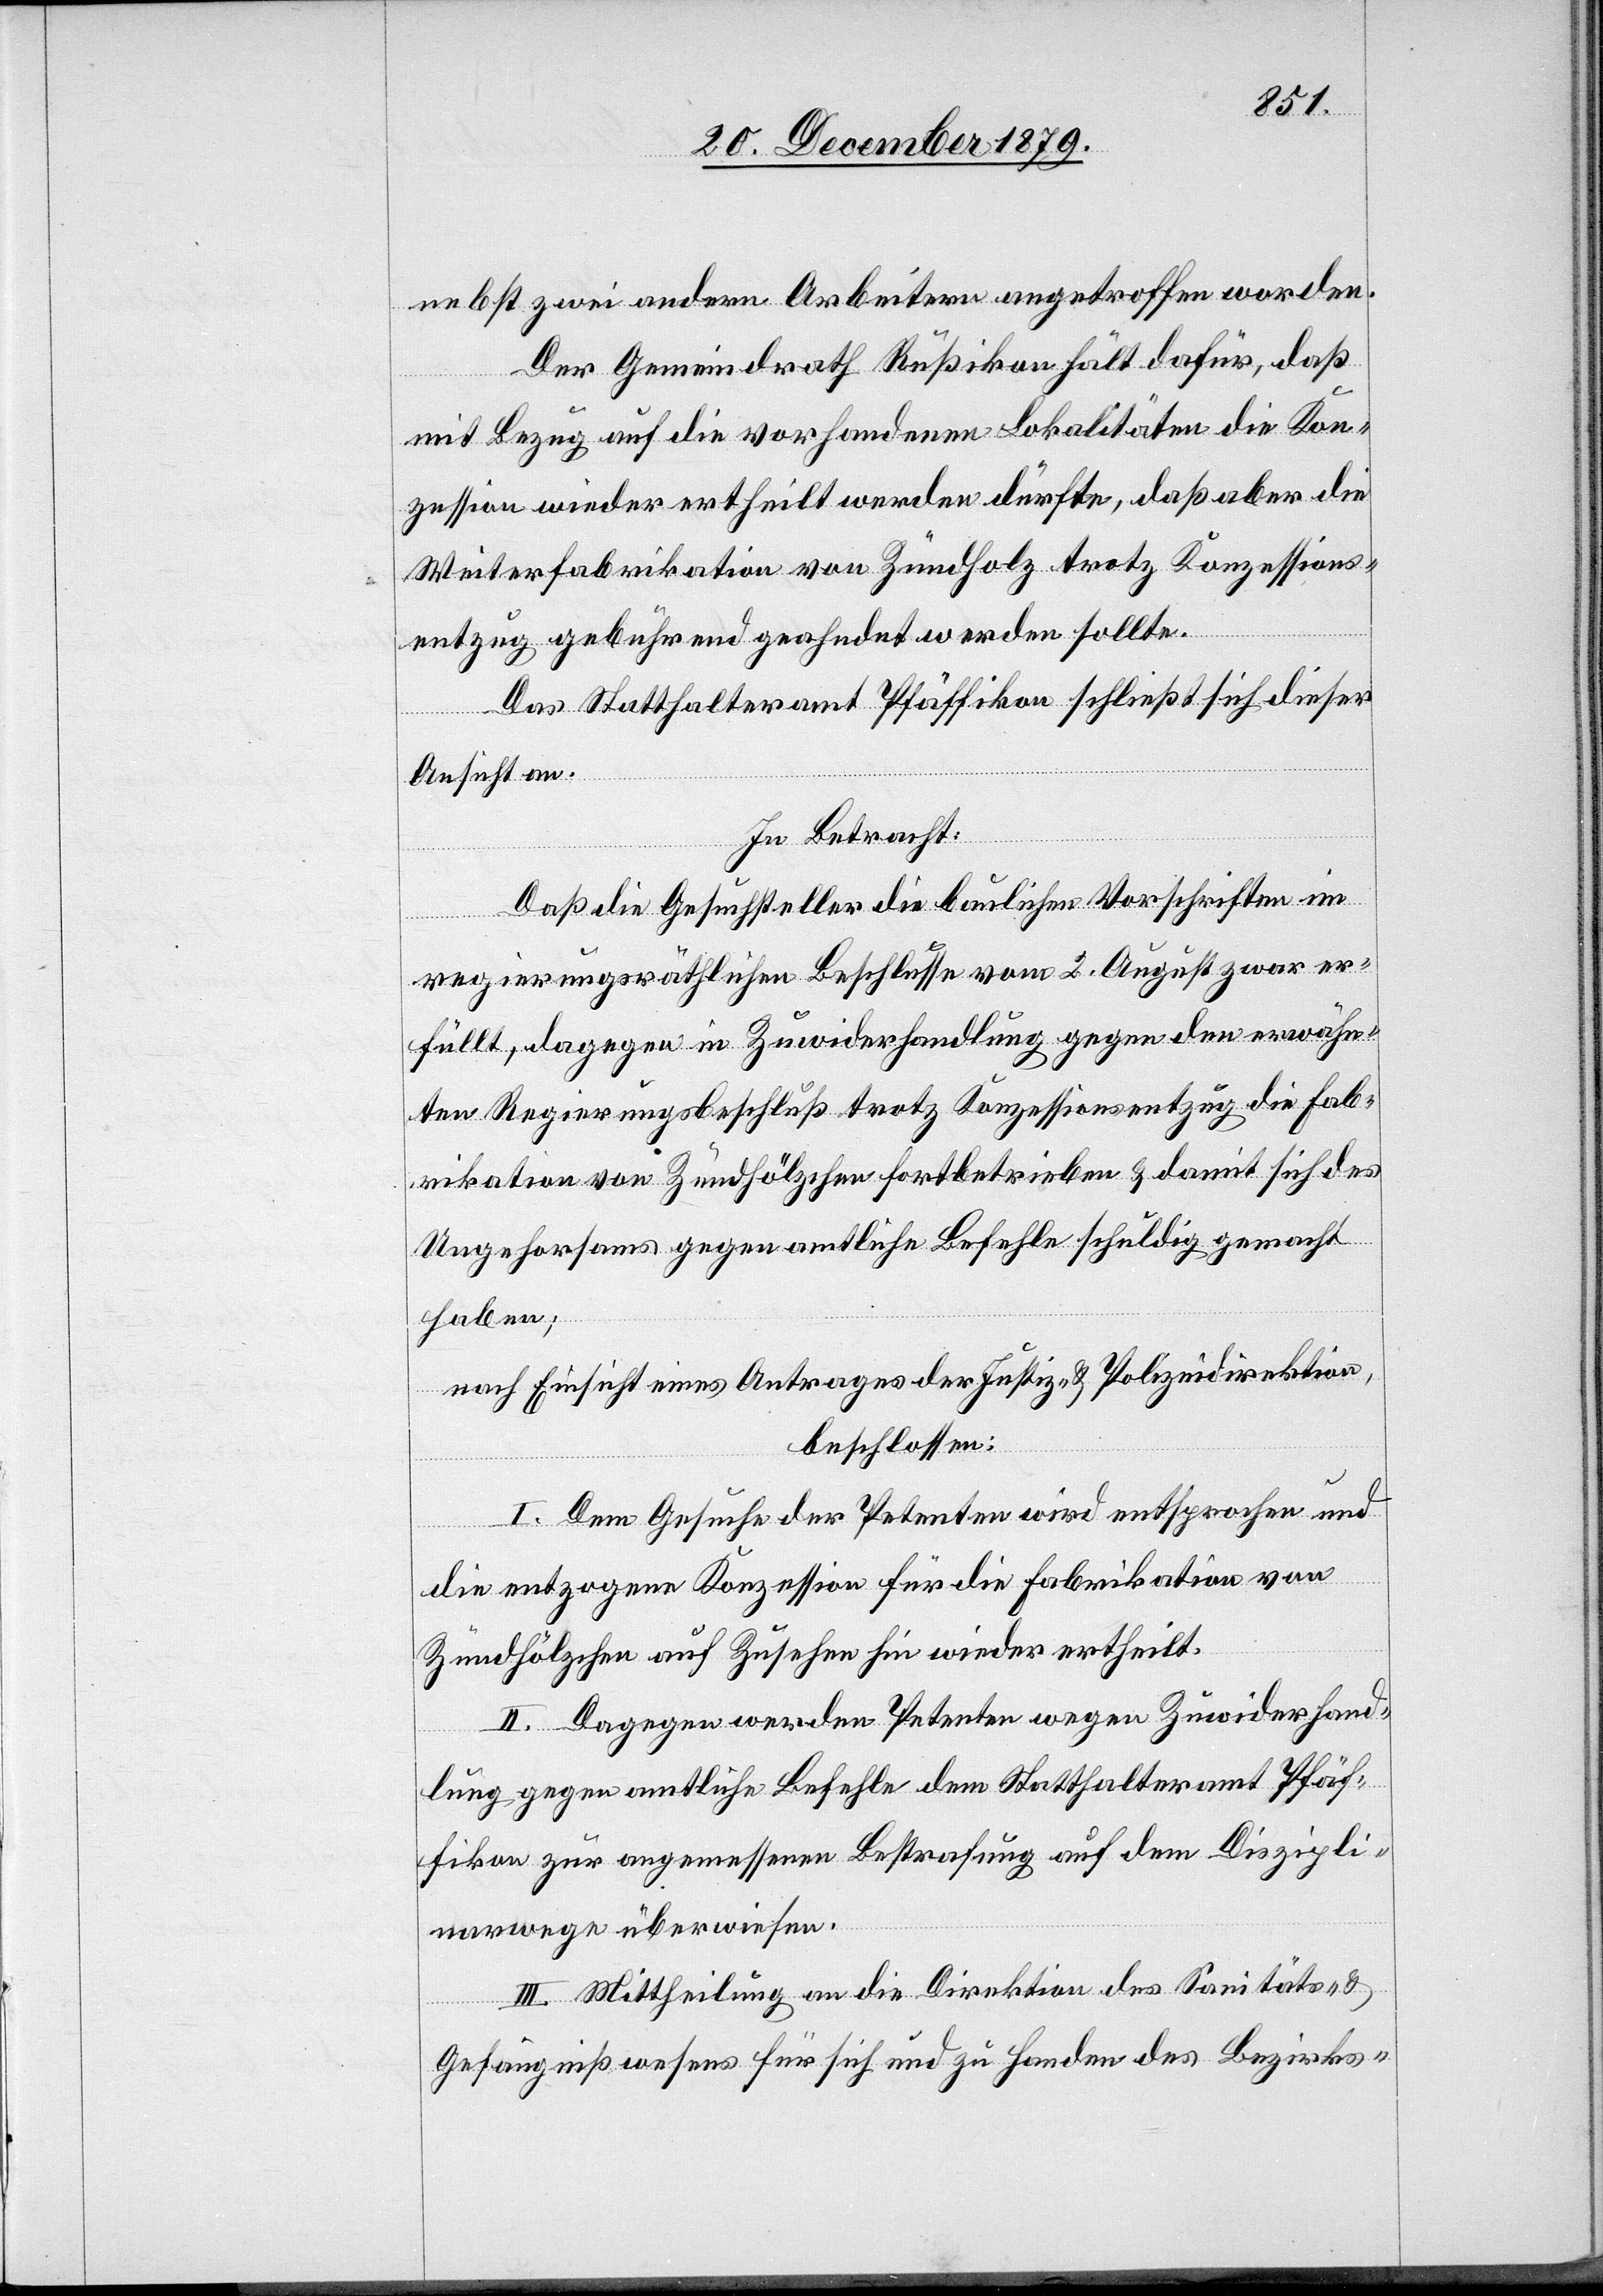
nebst zwei andern Arbeitern angetroffen worden.
Der Gemeindrath Rußikon hält dafür, daß
mit Bezug auf die vorhandenen Lokalitäten die Kon¬
zession wieder ertheilt werden dürfte, daß aber die
Weiterfabrikation von Zündholz trotz Konzessions¬
entzug gebührend geahndet werden sollte.
Das Statthalteramt Pfäffikon schließt sich dieser
Ansicht an.
In Betracht:
Daß die Gesuchsteller die baulichen Vorschriften im
regierungsräthlichen Beschlusse vom 2. August zwar er¬
füllt, dagegen in Zuwiderhandlung gegen den erwähn¬
ten Regierungsbeschluß trotz Konzessionsentzug die Fab¬
rikation von Zündhölzchen fortbetrieben & damit sich des
Ungehorsams gegen amtliche Befehle schuldig gemacht
haben;
nach Einsicht eines Antrages der Justiz- & Polizeidirektion,
beschlossen:
I. Dem Gesuche der Petenten wird entsprochen und
die entzogene Konzession für die Fabrikation von
Zündhölzchen auf Zusehen hin wieder ertheilt.
II. Dagegen werden Petenten wegen Zuwiderhand¬
lung gegen amtliche Befehle dem Statthalteramt Pfäf¬
fikon zur angemessenen Bestrafung auf dem Diszipli¬
narwege überwiesen.
III. Mittheilung an die Direktion des Sanitäts- &
Gefängnißwesens für sich und zu Handen des Bezirks-